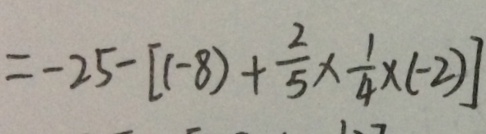
= - 2 5 - [ ( - 8 ) + \frac { 2 } { 5 } \times \frac { 1 } { 4 } \times ( - 2 ) ]